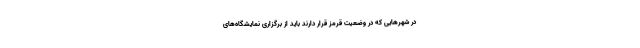
در شهرهایی که در وضعیت قرمز قرار دارند باید از برگزاری نمایشگاه‌های